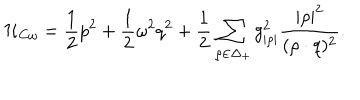
{ \cal H } _ { C \omega } = { \frac { 1 } { 2 } } p ^ { 2 } + { \frac { 1 } { 2 } } \omega ^ { 2 } q ^ { 2 } + { \frac { 1 } { 2 } } \sum _ { \rho \in \Delta _ { + } } { g _ { | \rho | } ^ { 2 } } { \frac { | \rho | ^ { 2 } } { ( \rho \cdot q ) ^ { 2 } } } .